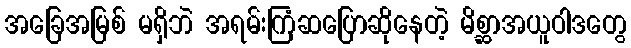
အခြေအမြစ် မရှိဘဲ အရမ်းကြံဆပြောဆိုနေတဲ့ မိစ္ဆာအယူဝါဒတွေ